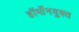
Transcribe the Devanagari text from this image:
हॉर्मोनयुक्त